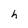
Character: h